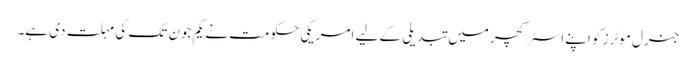
جنرل موٹرز کو اپنے اسٹرکچر میں تبدیلی کے لیے امریکی حکومت نے یکم جون تک کی مہلت دی ہے۔